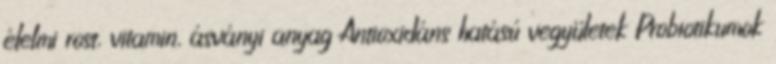
élelmi rost, vitamin, ásványi anyag Antioxidáns hatású vegyületek Probiotikumok